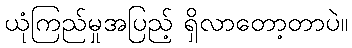
ယုံကြည်မှုအပြည့် ရှိလာတော့တာပဲ။